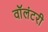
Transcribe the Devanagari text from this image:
वाॅलंटरी